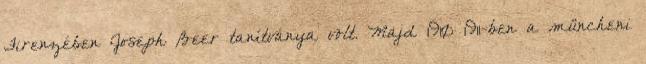
Firenzében Joseph Beer tanítványa volt. Majd 1910–1911-ben a müncheni